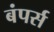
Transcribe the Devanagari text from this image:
बंपर्स